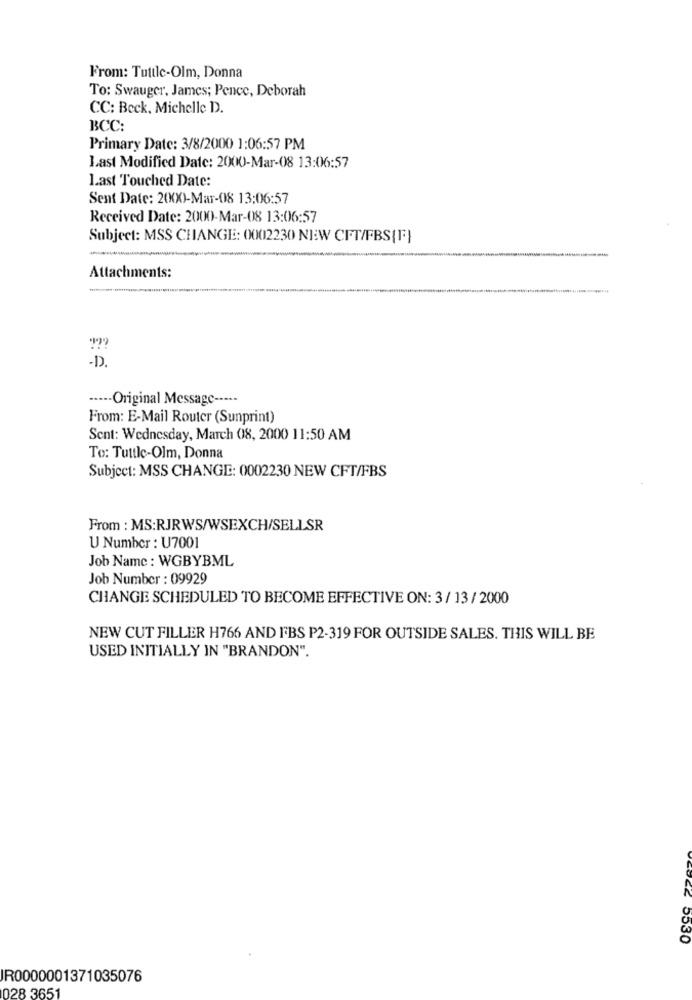
From: Tuttle-Olm, Donna
To: Swauger, James; Pence, Deborah
CC: Beck, Michelle D.
BCC:
Primary Date: 3/8/2000 1:06:57 PM
Last Modified Date: 2000-Mar-08 13:06:57
Last Touched Date:
Sent Date: 2(XX)-Mar-08 13:06:57
Received Date: 2000-Mar-08 13:06:57
Subject: MSS CHANGE: 0002230 NEW CFT/FBS{F}
-
Attachments:
-D .
----- Original Message -----
From: E-Mail Router (Sunprint)
Sent: Wednesday, March 08, 2000 11:50 AM
To: Tuttle-Olm, Donna
Subject: MSS CHANGE: 0002230 NEW CFT/FBS
From : MS:RJRWS/WSEXCH/SELLSR
U Number : U7001
Job Name : WGBYBML
Job Number : 09929
CHANGE SCHEDULED TO BECOME EFFECTIVE ON: 3 / 13/2000
NEW CUT FILLER H766 AND FBS P2-319 FOR OUTSIDE SALES. THIS WILL BE
USED INITIALLY IN "BRANDON".
COCZ 5530
R0000001371035076
028 3651